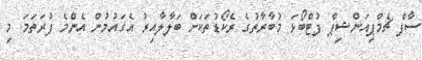
ސާފް ޗެމްޕިއަންޝިޕް ފުޓްބޯޅަ މުބާރާތުގެ ރެކޯޑުތަކަށް ބަލާލާއިރު އެގައުމުން އެންމެ ފުރަތަމަ މި